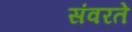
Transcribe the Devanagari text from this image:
संवरते